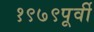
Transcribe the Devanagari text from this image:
१९७९पूर्वी